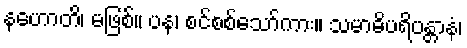
နဟောတိ၊ မဖြစ်။ ပန၊ စင်စစ်သော်ကား။ သမာဓိပရိပန္တာနံ၊